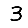
Digit: 3